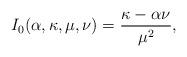
LaTeX: \begin{align*}I_{0}(\alpha ,\kappa ,\mu ,\nu )=\dfrac{\kappa -\alpha \nu }{\mu ^{2}},\end{align*}